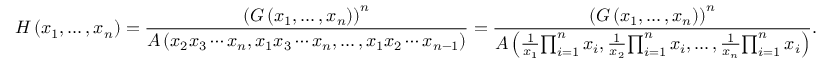
H \left( x _ { 1 } , \ldots , x _ { n } \right) = { \frac { \left( G \left( x _ { 1 } , \ldots , x _ { n } \right) \right) ^ { n } } { A \left( x _ { 2 } x _ { 3 } \cdots x _ { n } , x _ { 1 } x _ { 3 } \cdots x _ { n } , \ldots , x _ { 1 } x _ { 2 } \cdots x _ { n - 1 } \right) } } = { \frac { \left( G \left( x _ { 1 } , \ldots , x _ { n } \right) \right) ^ { n } } { A \left( { \frac { 1 } { x _ { 1 } } } { \prod _ { i = 1 } ^ { n } x _ { i } } , { \frac { 1 } { x _ { 2 } } } { \prod _ { i = 1 } ^ { n } x _ { i } } , \ldots , { \frac { 1 } { x _ { n } } } { \prod _ { i = 1 } ^ { n } x _ { i } } \right) } } .